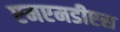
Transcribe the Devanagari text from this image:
एमएमडीएस